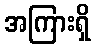
အကြားရှိ